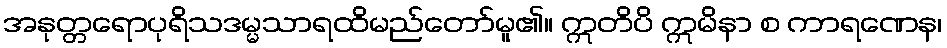
အနုတ္တရောပုရိသဒမ္မသာရထိမည်တော်မူ၏။ ဣတိပိ ဣမိနာ စ ကာရဏေန၊